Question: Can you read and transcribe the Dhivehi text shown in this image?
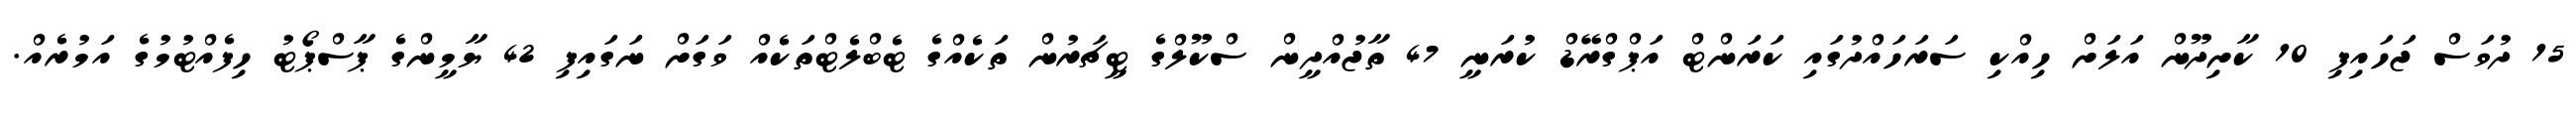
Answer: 15 ދުވަސް ޖަހައިފި 10 ކާށިދޫން އަލަށް ހިއްކި ސަރަހައްދުގައި ކަރަންޓް އަޕްގްރޭޑް ކުރަނީ 47 ތާޖުއްދީން ސްކޫލްގެ ޓީޗަރުން ތަކެއްގެ ޓެބްލެޓްތަކެއް ވަގަށް ނަގައިފި 42 ޔާމީންގެ ޕާސްޕޯޓު ހިފެއްޓުމުގެ އަމުރެއް.